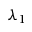
\lambda _ { 1 }